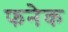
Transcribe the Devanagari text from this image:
फनेक